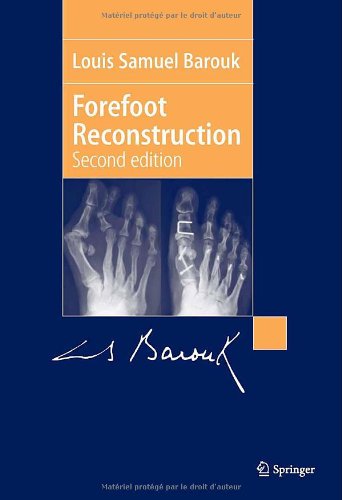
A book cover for Forefoot Reconstruction; Louis-Samuel Barouk; Medical Books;